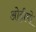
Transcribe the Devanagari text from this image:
ओट्टीमो